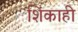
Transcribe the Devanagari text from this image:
शिंकाही